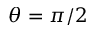
\theta = \pi / 2